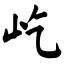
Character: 屹